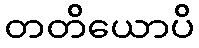
တတိယောပိ